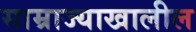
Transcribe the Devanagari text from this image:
साम्राज्याखालील